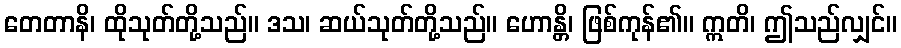
တေတာနိ၊ ထိုသုတ်တို့သည်။ ဒသ၊ ဆယ်သုတ်တို့သည်။ ဟောန္တိ၊ ဖြစ်ကုန်၏။ ဣတိ၊ ဤသည်လျှင်။